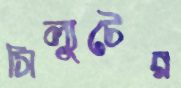
সিল্যুটের